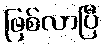
ဖြစ်လာပြီ